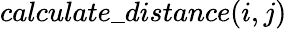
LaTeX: calculate\_ distance(i,j)